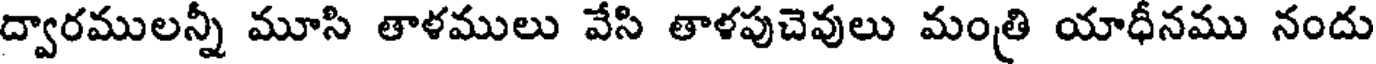
ద్వారములన్నీ మూసి తాళములు వేసి తాళపుచెవులు మంత్రి యాధీనము నందు